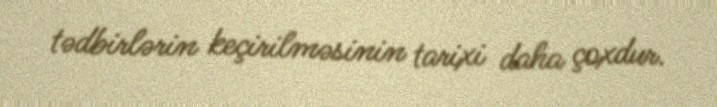
tədbirlərin keçirilməsinin tarixi daha çoxdur.